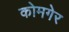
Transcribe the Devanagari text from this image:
कोमगेर